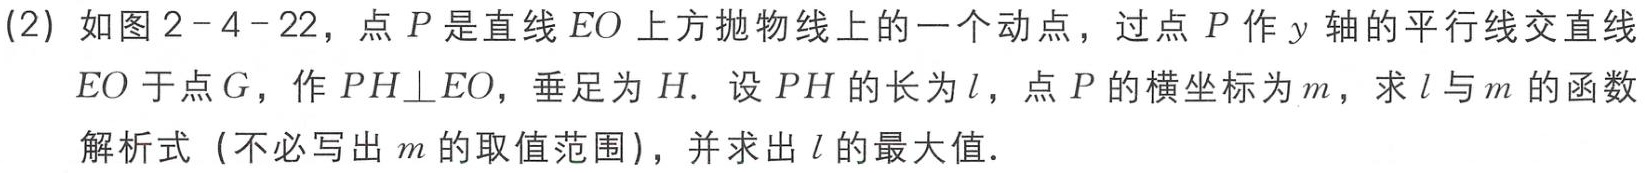
(2) 如图2 - 4 - 22，点\(P\)是直线\(EO\)上方抛物线上的一个动点，过点\(P\)作\(y\)轴的平行线交直线\(EO\)于点\(G\)，作\(PH\bot EO\)，垂足为\(H\). 设\(PH\)的长为\(l\)，点\(P\)的横坐标为\(m\)，求\(l\)与\(m\)的函数解析式（不必写出\(m\)的取值范围），并求出\(l\)的最大值.